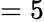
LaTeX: =5